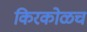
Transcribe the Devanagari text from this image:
किरकोळच